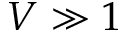
V \gg 1